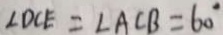
\angle D C E = \angle A C B = 6 0 ^ { \circ }